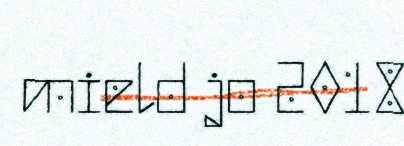
mield jo 2018